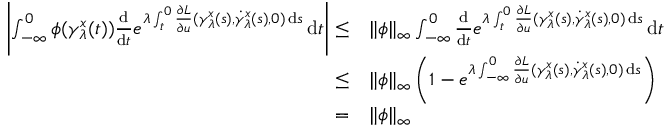
\begin{array} { r l } { \left| \int _ { - \infty } ^ { 0 } \phi ( \gamma _ { \lambda } ^ { x } ( t ) ) \frac { \mathrm { d } } { \mathrm { d } t } e ^ { \lambda \int _ { t } ^ { 0 } \frac { \partial L } { \partial u } ( \gamma _ { \lambda } ^ { x } ( s ) , \dot { \gamma } _ { \lambda } ^ { x } ( s ) , 0 ) \, \mathrm { d } s } \, \mathrm { d } t \right| \leq } & { \| \phi \| _ { \infty } \int _ { - \infty } ^ { 0 } \frac { \mathrm { d } } { \mathrm { d } t } e ^ { \lambda \int _ { t } ^ { 0 } \frac { \partial L } { \partial u } ( \gamma _ { \lambda } ^ { x } ( s ) , \dot { \gamma } _ { \lambda } ^ { x } ( s ) , 0 ) \, \mathrm { d } s } \, \mathrm { d } t } \\ { \leq } & { \| \phi \| _ { \infty } \left( 1 - e ^ { \lambda \int _ { - \infty } ^ { 0 } \frac { \partial L } { \partial u } ( \gamma _ { \lambda } ^ { x } ( s ) , \dot { \gamma } _ { \lambda } ^ { x } ( s ) , 0 ) \, \mathrm { d } s } \right) } \\ { = } & { \| \phi \| _ { \infty } } \end{array}